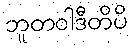
ဘူတဝါဒီတိပိ